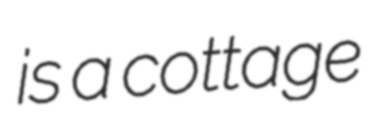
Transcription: is a cottage